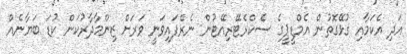
އަދި އެކަމާއި ގުޅޭގޮތުން އެމްޑީޕީގެ ސެކްރެޓޭރިއޭޓުން ނެރެފައިވަނީ ވަރަށް ޒިންމާދާރުކަން ކުޑަ ބަޔާނެއް